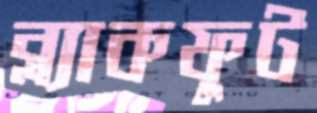
ব্ল্যাকফুট